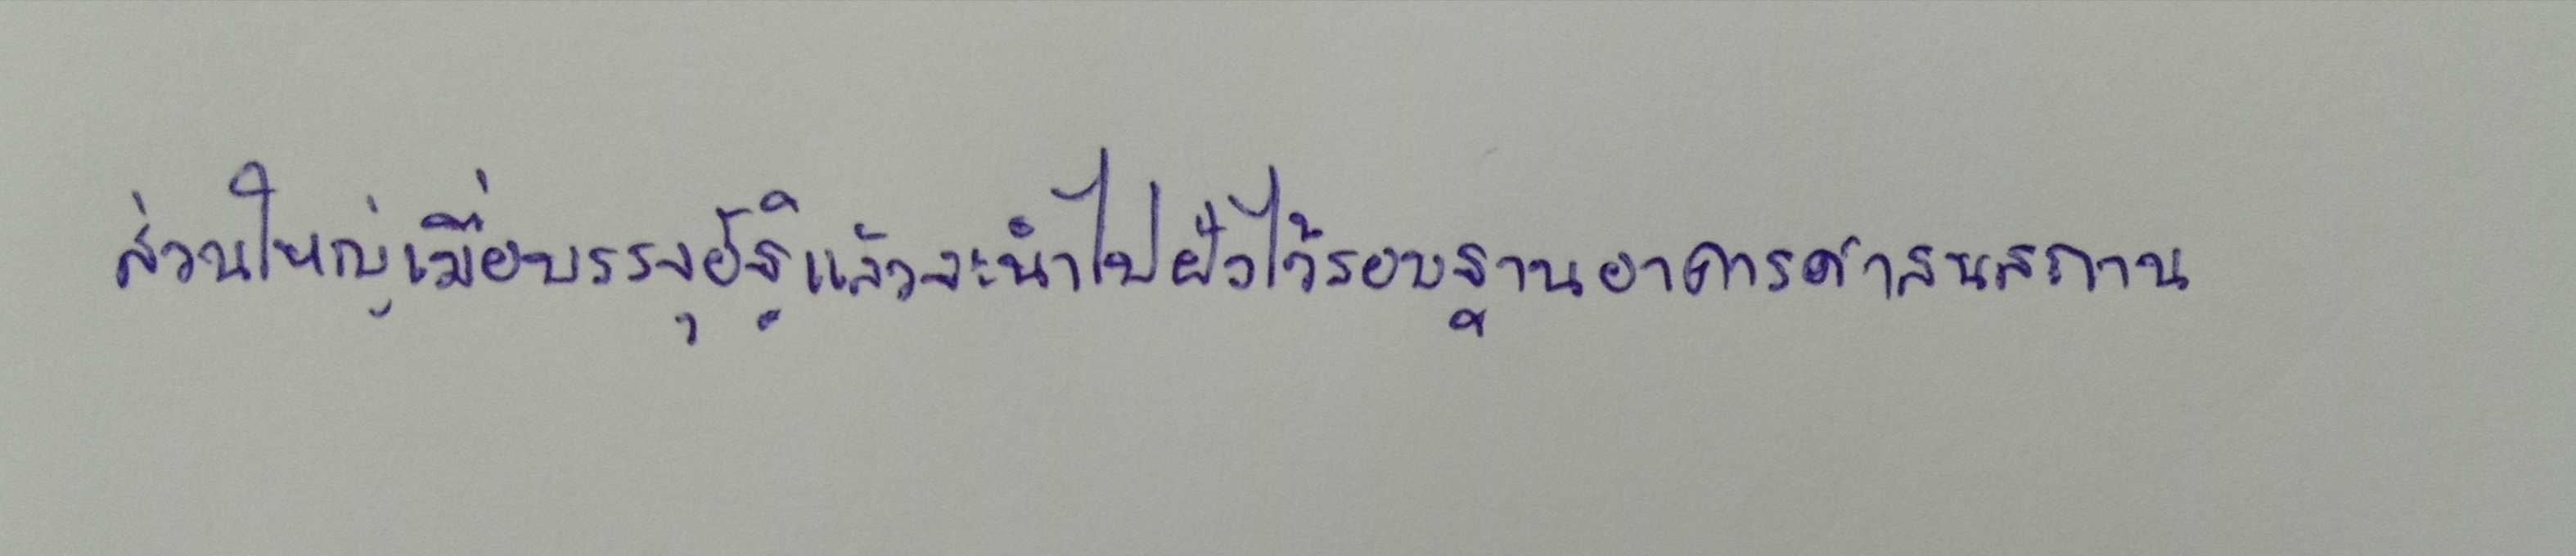
ส่วนใหญ่เมื่อบรรจุอัฐิแล้วจะนำไปฝังไว้รอบฐานอาคารศาสนสถาน